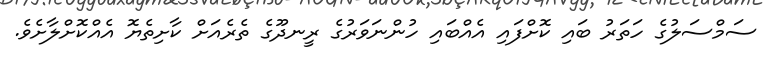
ސަމްސަލުގެ ހަތަރު ބައި ކޮށްފައި އެއްބައި ހުންނަވަރުގެ ރީނދޫގެ ތެރެއަށް ކާށިތެޔޮ އެއްކޮށްލާށެވެ.